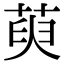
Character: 萸